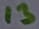
Text: 13